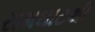
રામઘાટથી